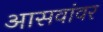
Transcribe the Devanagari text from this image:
आसवांवर